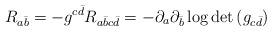
LaTeX: \begin{align*}R_{a{\bar b}}=-g^{c{\bar d}}R_{a{\bar b}c{\bar d}}=-\partial_a\partial_{\bar b}\log{\det{(g_{c{\bar d}})}} \end{align*}